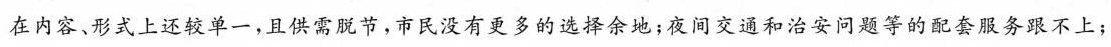
在内容、形式上还较单一，且供需脱节，市民没有更多的选择余地；夜间交通和治安问题等的配套服务跟不上；